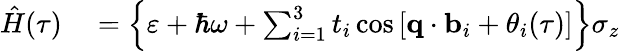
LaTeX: \begin{array}{rl}{\hat{H}(\tau)}&{{}=\left\{ \varepsilon+\hbar\omega+\sum_{i=1}^{3}t_{i}\cos\left[\textbf{q}\cdot\textbf{b}_{i}+\theta_{i}(\tau)\right]\right\} \sigma_{z}}\end{array}